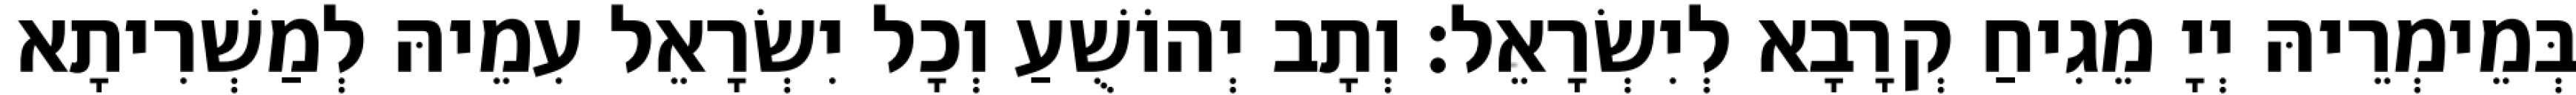
בְּמֵימְרֵיהּ יְיָ מֵגִיחַ קְרָבָא לְיִשְׂרָאֵל׃ וְתָב יְהוֹשֻׁעַ וְכָל יִשְׂרָאֵל עִמֵיהּ לְמַשְׁרִיתָא